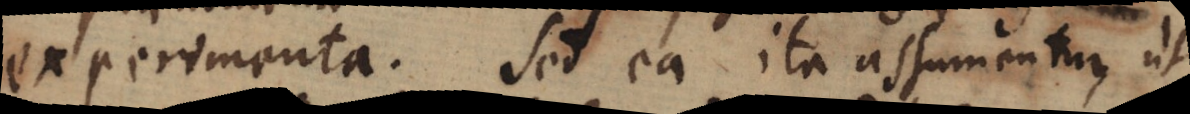
experimenta. Sed ea ita assumentur, ut